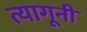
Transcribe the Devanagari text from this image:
त्यागूनी